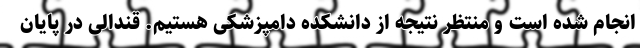
انجام شده است و منتظر نتیجه از دانشکده دامپزشکی هستیم. قندالی در پایان